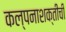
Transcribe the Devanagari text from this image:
कल्पनाशक्तीची